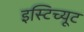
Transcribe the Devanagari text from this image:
इस्‍टिच्‍यूट